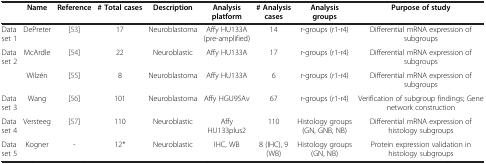
<table><thead><tr><td><b> </b></td><td><b>Name</b></td><td><b>Reference</b></td><td><b># Total cases</b></td><td><b>Description</b></td><td><b>Analysis platform</b></td><td><b># Analysis cases</b></td><td><b>Analysis groups</b></td><td><b>Purpose of study</b></td></tr></thead><tbody><tr><td>Data set 1</td><td>DePreter</td><td>[53]</td><td>17</td><td>Neuroblastoma</td><td>Affy HU133A (pre-amplified)</td><td>14</td><td>r-groups (r1-r4)</td><td>Differential mRNA expression of subgroups</td></tr><tr><td>Data set 2</td><td>McArdle</td><td>[54]</td><td>22</td><td>Neuroblastic</td><td>Affy HU133A</td><td>17</td><td>r-groups (r1-r4)</td><td>Differential mRNA expression of subgroups</td></tr><tr><td> </td><td>Wilzén</td><td>[55]</td><td>8</td><td>Neuroblastoma</td><td>Affy HU133A</td><td>6</td><td>r-groups (r1-r4)</td><td>Differential mRNA expression of subgroups</td></tr><tr><td>Data set 3</td><td>Wang</td><td>[56]</td><td>101</td><td>Neuroblastoma</td><td>Affy HGU95Av</td><td>67</td><td>r-groups (r1-r4)</td><td>Verification of subgroup findings; Gene network construction</td></tr><tr><td>Data set 4</td><td>Versteeg</td><td>[57]</td><td>110</td><td>Neuroblastic</td><td>Affy HU133plus2</td><td>110</td><td>Histology groups (GN, GNB, NB)</td><td>Differential mRNA expression of histology subgroups</td></tr><tr><td>Data set 5</td><td>Kogner</td><td>-</td><td>12*</td><td>Neuroblastic</td><td>IHC, WB</td><td>8 (IHC), 9 (WB)</td><td>Histology groups (GN, NB)</td><td>Protein expression validation in histology subgroups</td></tr></tbody></table>